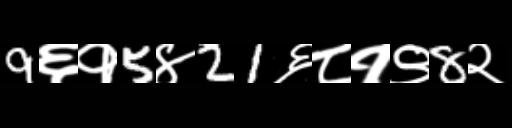
Text: 9६१5४21६८१९8२